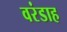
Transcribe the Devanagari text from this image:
वरंडाह